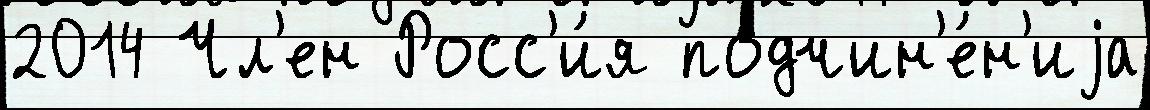
2014 Чл'ен Росс'и́я подчин'е́н'иjа